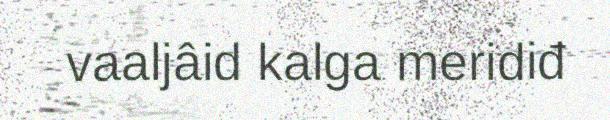
vaaljâid kalga meridiđ